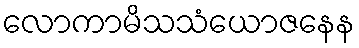
လောကာမိသသံယောဇနေန